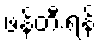
ဖန်တီးရန်